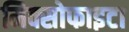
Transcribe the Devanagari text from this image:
मिक्सोफाइटा